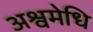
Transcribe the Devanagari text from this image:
अश्वमेधि